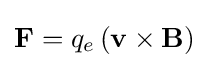
\mathbf {F} =q_{e}\left(\mathbf {v} \times \mathbf {B} \right)\,\!